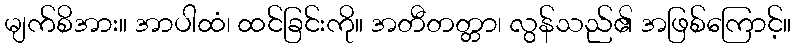
မျက်စိအား။ အာပါထံ၊ ထင်ခြင်းကို။ အတီတတ္တာ၊ လွန်သည်၏ အဖြစ်ကြောင့်။